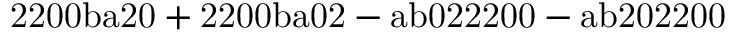
\mathrm { 2 2 0 0 b a 2 0 + 2 2 0 0 b a 0 2 - a b 0 2 2 2 0 0 - a b 2 0 2 2 0 0 }